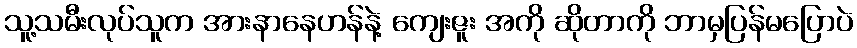
သူ့သမီးလုပ်သူက အားနာနေဟန်နဲ့ ကျေးဇူး အကို ဆိုတာကို ဘာမှပြန်မပြောပဲ